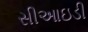
સીઆઇડી